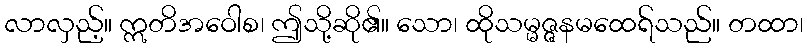
လာလှည့်။ ဣတိအဝေါစ၊ ဤသို့ဆို၏။ သော၊ ထိုသမ္မဇ္ဇနမထေရ်သည်။ တထာ၊